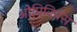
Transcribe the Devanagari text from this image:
ओपिनियंस